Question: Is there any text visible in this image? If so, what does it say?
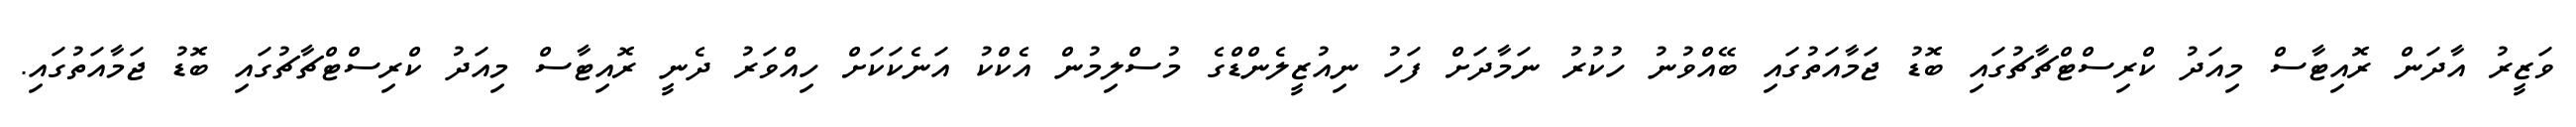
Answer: ވަޒީރު އާދަން ރޮއިޓާސް މިއަދު ކްރިސްޓްޗާޗުގައި ބޮޑު ޖަމާއަތުގައި ބޭއްވުނު ހުކުރު ނަމާދަށް ފަހު ނިއުޒީލެންޑްގެ މުސްލިމުން އެކްކު އަނެކަކަށް ހިއްވަރު ދެނީ ރޮއިޓާސް މިއަދު ކްރިސްޓްޗާޗުގައި ބޮޑު ޖަމާއަތުގައި.